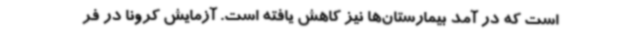
است که در آمد بیمارستان‌ها نیز کاهش یافته است. آزمایش کرونا در فر